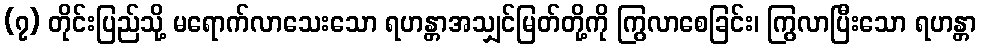
(၇) တိုင်းပြည်သို့ မရောက်လာသေးသော ရဟန္တာအသျှင်မြတ်တို့ကို ကြွလာစေခြင်း၊ ကြွလာပြီးသော ရဟန္တာ